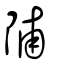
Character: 陠